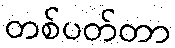
တစ်ပတ်တာ